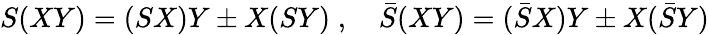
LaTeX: S(XY)=(SX)Y\pm X(SY)\; ,\quad\bar{S}(XY)=(\bar{S}X)Y\pm X(\bar{S}Y)